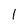
Character: 1